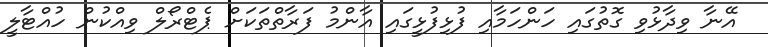
އޭނާ ވިދާޅުވި ގޮތުގައި ހަންހަމާއި ފުޅިފުޅީގައި އާންމު ފަރާތްތަކަށް ޕެޓްރޯލް ވިއްކުން ހުއްޓާލީ